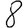
Digit: 8